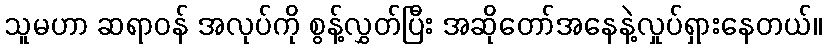
သူမဟာ ဆရာဝန် အလုပ်ကို စွန့်လွှတ်ပြီး အဆိုတော်အနေနဲ့လှုပ်ရှားနေတယ်။